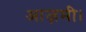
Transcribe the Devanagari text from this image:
आज़मी।